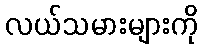
လယ်သမားများကို